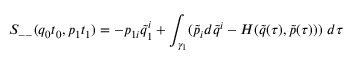
S _ { -- } ( q _ { 0 } t _ { 0 } , p _ { 1 } t _ { 1 } ) = - p _ { 1 i } \tilde { q } _ { 1 } ^ { i } + \int _ { \gamma _ { 1 } } ( \tilde { p } _ { i } d \tilde { q } ^ { i } - H ( \tilde { q } ( \tau ) , \tilde { p } ( \tau ) ) ) \ d \tau